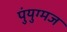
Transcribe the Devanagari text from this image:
पुंयुग्मज